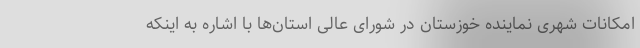
امکانات شهری نماینده خوزستان در شورای عالی استان‌ها با اشاره به اینکه